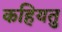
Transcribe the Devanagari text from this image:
कहियतु